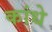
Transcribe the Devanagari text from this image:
कांधे